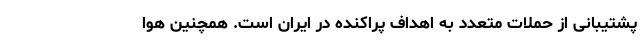
پشتیبانی از حملات متعدد به اهداف پراکنده در ایران است. همچنین هوا